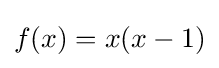
f(x)=x(x-1)